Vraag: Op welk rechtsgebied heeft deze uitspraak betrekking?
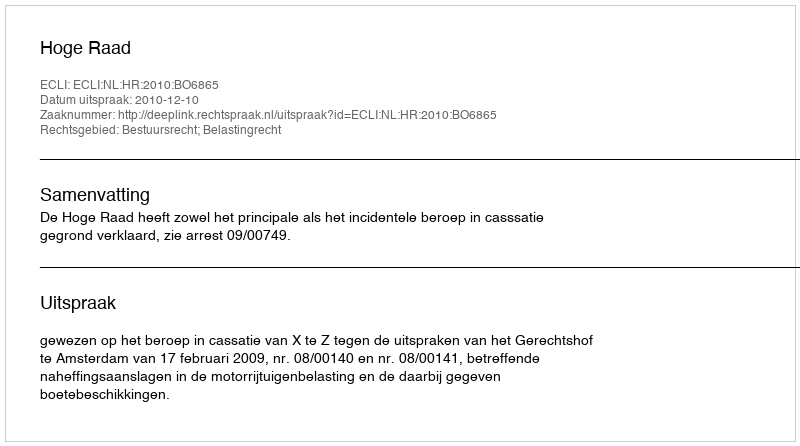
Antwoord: Bestuursrecht; Belastingrecht